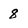
Character: 8